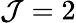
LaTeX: \mathcal{J}=2